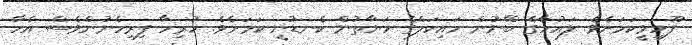
ފޫހިވީކަމަށެވެ. ލައުހާގެ ބޭނުން ހައިކަލްގެ ހަޔާތުން ކެނޑުނީ ކަމަށެވެ. ހުރިހާ ފިރިހެނުންވެސް އެހާ